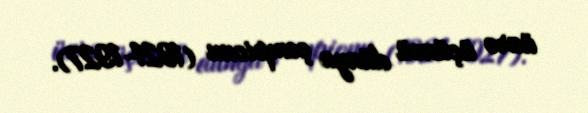
üzrə üçüncü dünya çempionu (1921-1927).